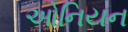
ઓનિયન